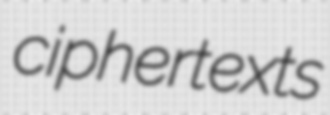
ciphertexts